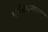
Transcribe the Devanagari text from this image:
गर्भधारनेपासून